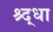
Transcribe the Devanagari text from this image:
श्र्द्धा